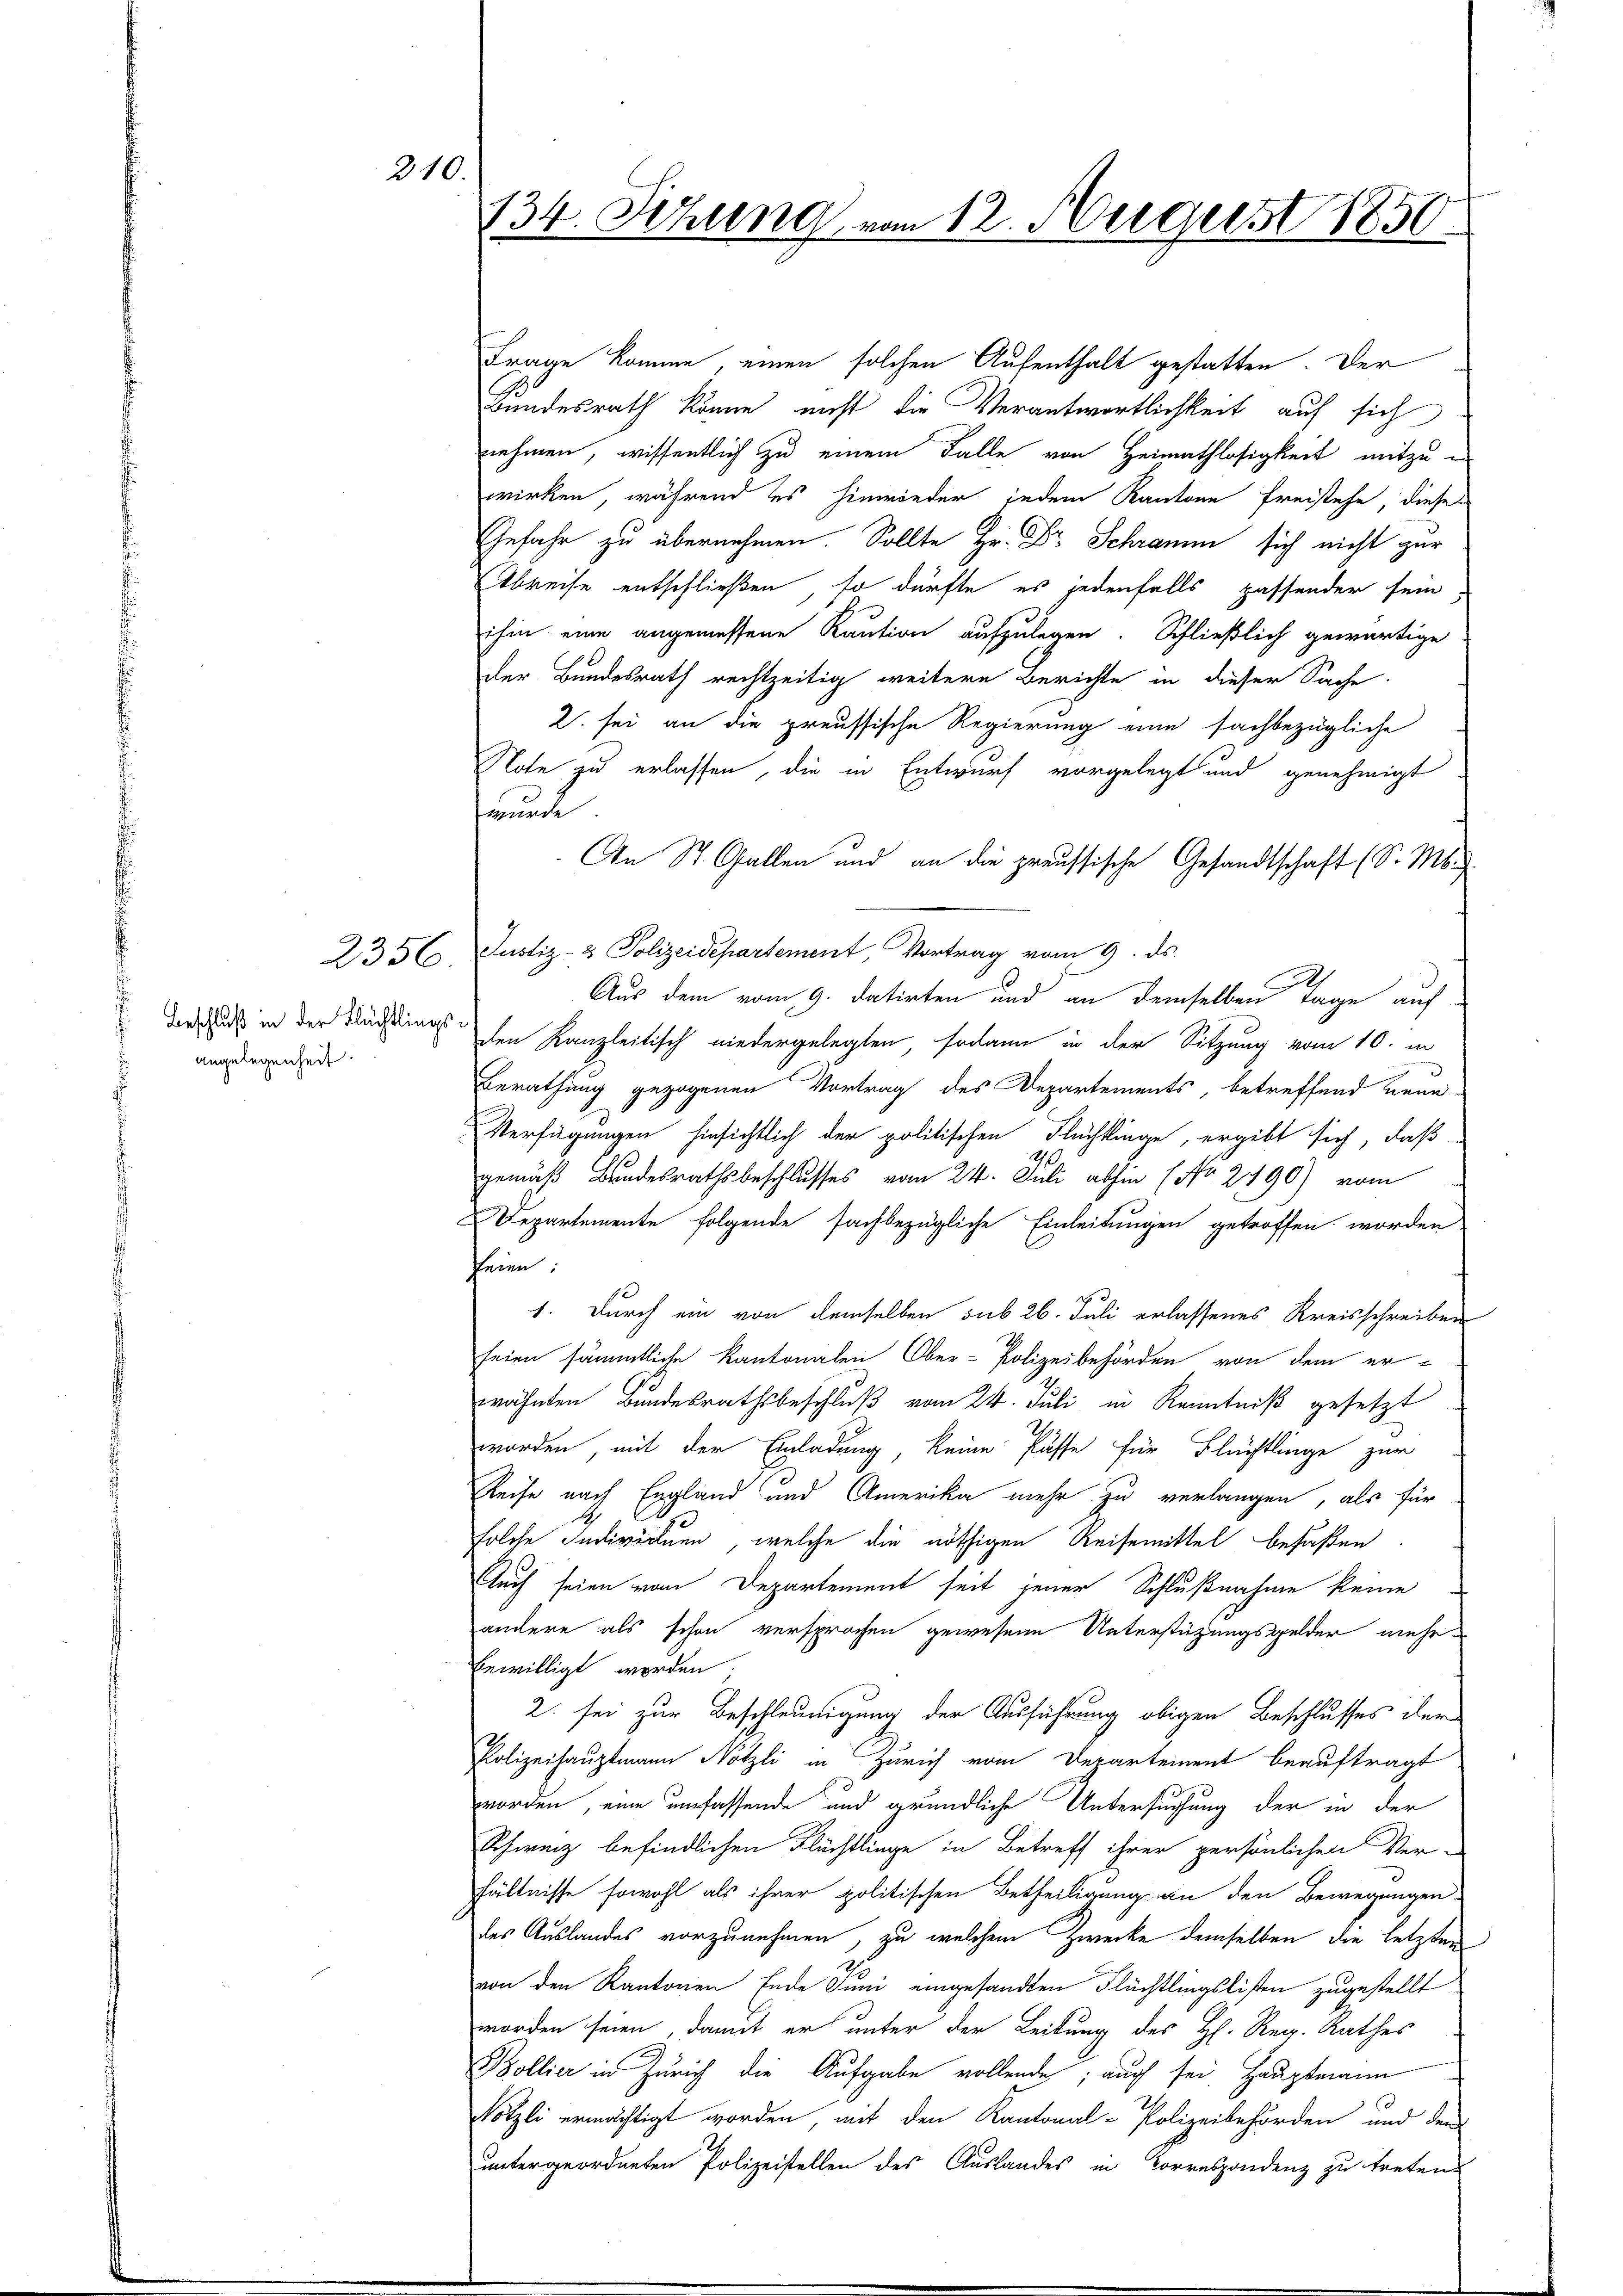
2356

210.

Beschluß in der Flüchtlings-
angelegenheit.

134. Setzung vom 12. August 1850.

Frage komme einen solchen Aufenthalt gestatten. Der
Bundesrath könne, nicht die Verantwortlichkeit auf sich
nehmen, wissentlich zu einem Falle von Heimathlosigkeit mitzuwirken, während es hinwieder jedem Kantone Freistehe, diese
Gefahr zu übernehmen. Sollte Hr. Dr. Schramm sich nicht zur
Abreise entschließen, so dürfte es jedenfalls passender sein
ihm eine angemessene Kaution aufzulegen. Schließlich gewärtige
der Bundesrath rechtzeitig weitere Berichte in dieser Sache
2. sei an die preussische Regierung eine sachbezügliche
Note zu erlassen, die in Entwurf vorgelegt und genehmigt
wurde
An St. Gallen und an die preussische Gesandtschaft (S. M.
Justiz- & Polizeidepartement, Vortrag vom 9. ds.
Aus dem vom 9. datirten und an demselben Tage auf
den Kanzleitisch niedergelegten sodann in der Sitzung vom 10. in
Berathung gezogenen Vortrag des Departements, betreffend neue¬
Verfügungen hinsichtlich der politischen Flüchtlinge, ergibt sich, daß
gemäß Bundesrathsbeschlusses vom 24. Juli abhin (No. 290) vom
Departemente folgende sachbezügliche Einleitungen getroffen worden
feien:
1. Durch ein von demselben sub 26. Juli erlassenes Kreisschreiben
seien sämmtliche Kantonalen Ober-Polizeibehörden von dem erwähnten Bundesrathsbeschluß vom 24. Juli in Kenntniß gesetzt
worden, mit der Einladung, keine Pässe für Flüchtlinge zur
Reise nach England und Amerika mehr zu verlangen, als für
folche Individuen, welche die nöthigen Reisemittel befaßen
Auch seien vom Departement seit jener Schlußnahme keine
andere als schon versprochen gewesene Unterstützungsgelder mehr
bewilligt worden
2. sei zur Beschleunigung der Ausführung obigen Beschlusses der
Polizeihauptmann Nötzli in Zürich vom Departement beauftragt
worden, eine umfassende und grundliche Untersuchung der in der
Schweiz befindlichen Flächtlinge in Betreff ihrer persönlichen Ver-
hältnisse sowohl als ihrer politischen Betheiligung an den Bewegungen-
des Auslandes vorzunehmen, zu welchem Zwecke demselben die letzten
von den Kantonen Ende Juni eingesandten Flüchtlingslisten zugestellt
worden seien, damit er unter der Leitung des H. Reg. Rathes
Bollier in Zürich die Aufgabe vollende; auch sei, Hauptmann
Nötzli ermächtigt worden mit den Kantonal-Polizeibehörden und den
untergeordneten Polizeistellen des Auslandes in Korrespondenz zu treten